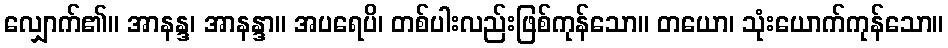
လျှောက်၏။ အာနန္ဒ၊ အာနန္ဒာ။ အပရေပိ၊ တစ်ပါးလည်းဖြစ်ကုန်သော။ တယော၊ သုံးယောက်ကုန်သော။